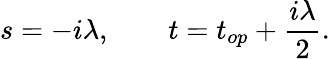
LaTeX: s=-i\lambda,\qquad t=t_{op}+{\frac{i\lambda}{2}}.